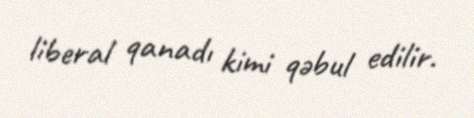
liberal qanadı kimi qəbul edilir.